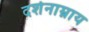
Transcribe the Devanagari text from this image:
दर्शनाम्नाय